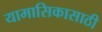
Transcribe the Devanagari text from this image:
यामासिकासाठी